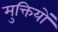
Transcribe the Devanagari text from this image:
मुक्तियों